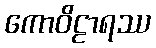
ကောဝိဠာရဿ